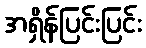
အရှိန်ပြင်းပြင်း